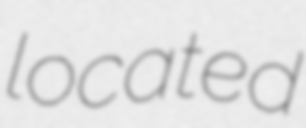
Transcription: located